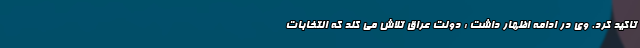
تاکید کرد. وی در ادامه اظهار داشت : دولت عراق تلاش می کند که انتخابات